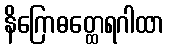
နိဂြောဓတ္ထေရဂါထာ